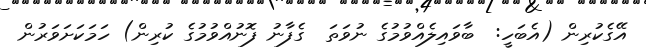
އޭގެކުރިން (އެބަހީ:  ބާވައިލެއްވުމުގެ ނުވަތަ  ގެފާނު ފޮނުއްވުމުގެ ކުރިން) ހަމަކަށަވަރުން